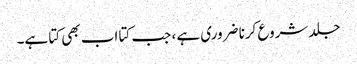
جلد شروع کرنا ضروری ہے ، جب کتا اب بھی کتا ہے۔